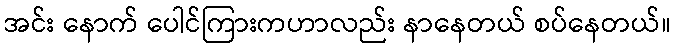
အင်း နောက် ပေါင်ကြားကဟာလည်း နာနေတယ် စပ်နေတယ်။